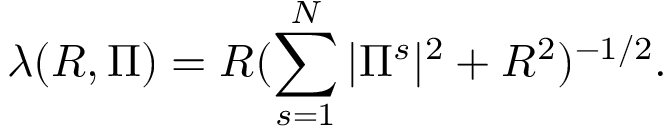
\lambda ( R , \Pi ) = R ( \sum _ { s = 1 } ^ { N } | \Pi ^ { s } | ^ { 2 } + R ^ { 2 } ) ^ { - 1 / 2 } .